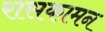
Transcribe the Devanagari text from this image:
रासकामन